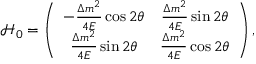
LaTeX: \mathcal { H } _ { 0 } = \left( \begin{array} { c c } { { - \frac { \Delta m ^ { 2 } } { 4 E } \cos 2 \theta } } & { { \frac { \Delta m ^ { 2 } } { 4 E } \sin 2 \theta } } \\ { { \frac { \Delta m ^ { 2 } } { 4 E } \sin 2 \theta } } & { { \frac { \Delta m ^ { 2 } } { 4 E } \cos 2 \theta } } \end{array} \right) ,